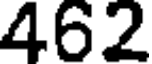
462